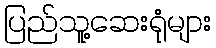
ပြည်သူ့ဆေးရုံများ